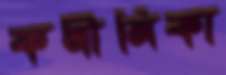
কনীনিকা